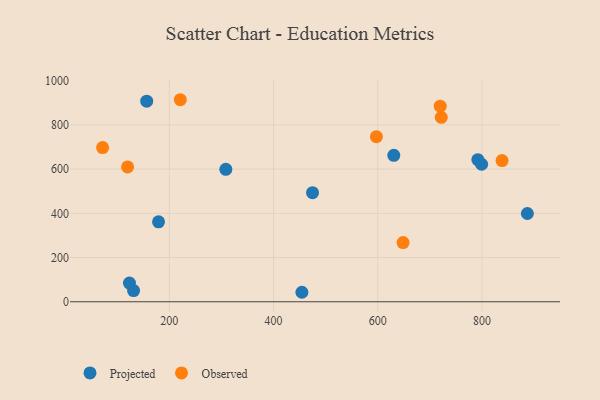
{"axis": {"x": "Engine Size", "y": "Sales"}, "legend": ["Observed", "Projected"], "data": [{"x": "454.4", "y": 42.9, "type": "Projected"}, {"x": "156.5", "y": 907.3, "type": "Projected"}, {"x": "179.2", "y": 361.7, "type": "Projected"}, {"x": "123.4", "y": 84.6, "type": "Projected"}, {"x": "474.8", "y": 493.6, "type": "Projected"}, {"x": "308.4", "y": 598.9, "type": "Projected"}, {"x": "799.4", "y": 622.0, "type": "Projected"}, {"x": "630.8", "y": 662.4, "type": "Projected"}, {"x": "131.3", "y": 50.7, "type": "Projected"}, {"x": "887.2", "y": 399.2, "type": "Projected"}, {"x": "792.1", "y": 642.7, "type": "Projected"}, {"x": "221.0", "y": 913.9, "type": "Observed"}, {"x": "838.6", "y": 638.7, "type": "Observed"}, {"x": "597.4", "y": 746.6, "type": "Observed"}, {"x": "119.8", "y": 610.1, "type": "Observed"}, {"x": "721.9", "y": 834.1, "type": "Observed"}, {"x": "719.9", "y": 884.6, "type": "Observed"}, {"x": "648.6", "y": 267.7, "type": "Observed"}, {"x": "71.9", "y": 697.4, "type": "Observed"}]}